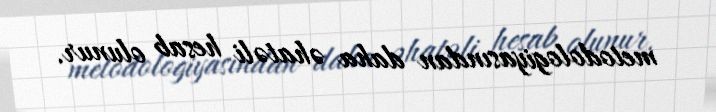
metodologiyasından daha əhatəli hesab olunur.